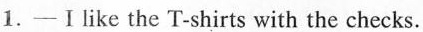
1.-Ⅰlike the T-shirts with the checks.